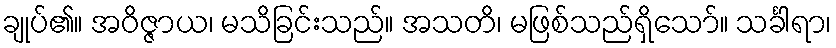
ချုပ်၏။ အဝိဇ္ဇာယ၊ မသိခြင်းသည်။ အသတိ၊ မဖြစ်သည်ရှိသော်။ သင်္ခါရာ၊